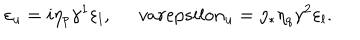
LaTeX: \varepsilon _ { u } = i \eta _ { p } \gamma ^ { 1 } \varepsilon _ { l } , \ \, v a r e p s i l o n _ { u } = \eta _ { * } \eta _ { q } \gamma ^ { 2 } \varepsilon _ { l } .